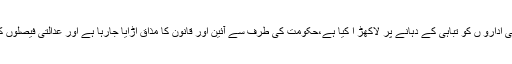
کرپٹ اور نااہل حکمرانوں نے قومی ادارو ں کو تباہی کے دہانے پر لاکھڑ ا کیا ہے،حکومت کی طرف سے آئین اور قانون کا مذاق اُڑایا جارہا ہے اور عدالتی فیصلوں کی سرعام تضحیک کی جارہی ہے۔